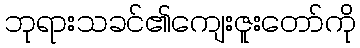
ဘုရားသခင်၏ကျေးဇူးတော်ကို